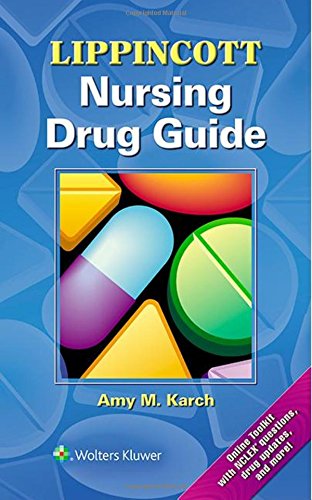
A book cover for Lippincott Nursing Drug Guide (Lippincott's Nursing Drug Guide); Amy Karch MS  RN; Medical Books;